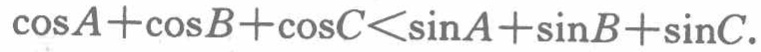
\(\cos A+\cos B+\cos C<\sin A+\sin B+\sin C\)